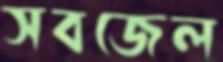
সবজেল